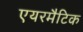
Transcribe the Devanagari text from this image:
एयरमैटिक